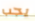
يجب